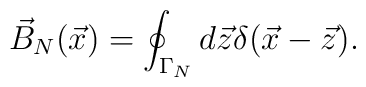
\vec{B}_N(\vec{x})=\oint_{\Gamma_N} d\vec{z}\delta (\vec{x}-\vec{z}).